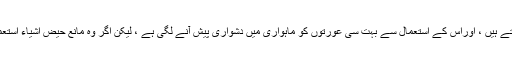
اس پرمستزاد یہ کہ میڈیکلی طورپر بھی مانع حیض اشیاء استعمال کرنے کے بہت سے ضرر ونقصانات پیدا ہوتے ہيں ، اوراس کے استعمال سے بہت سی عورتوں کو ماہواری میں دشواری پیش آنے لگی ہے ، لیکن اگر وہ مانع حیض اشیاء استعمال کرے اوراسے خون نہ آئے تووہ پاک صاف ہونے کی وجہ سے اگر روزہ رکھے تو اس کا روزہ کافی ہوگا ۔